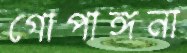
গোপাঙ্গনা